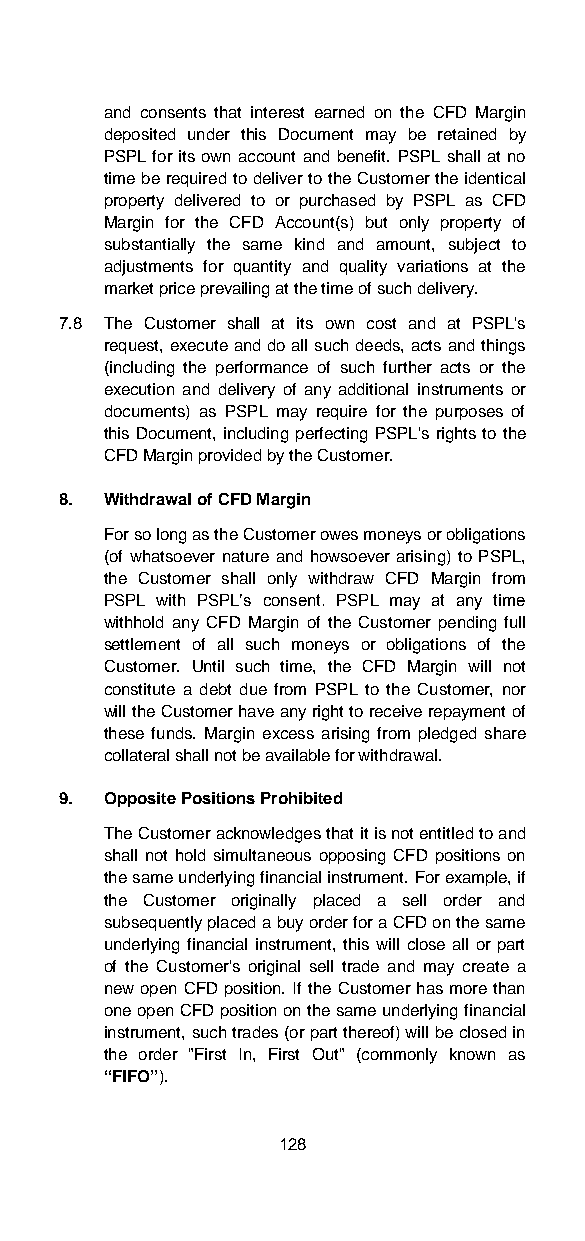
and consents that interest earned on the CFD Margin
 deposited under this Document may be retained by
 PSPL for its own account and benefit. PSPL shall at no
 time be required to deliver to the Customer the identical
 property delivered to or purchased by PSPL as CFD
 Margin for the CFD Account(s) but only property of
 substantially the same kind and amount, subject to
 adjustments for quantity and quality variations at the
 market price prevailing at the time of such delivery.
 7.8 The Customer shall at its own cost and at PSPL's
 request, execute and do all such deeds, acts and things
 (including the performance of such further acts or the
 execution and delivery of any additional instruments or
 documents) as PSPL may require for the purposes of
 this Document, including perfecting PSPL's rights to the
 CFD Margin provided by the Customer.
 8. Withdrawal of CFD Margin
 For so long as the Customer owes moneys or obligations
 (of whatsoever nature and howsoever arising) to PSPL,
 the Customer shall only withdraw CFD Margin from
 PSPL with PSPL’s consent. PSPL may at any time
 withhold any CFD Margin of the Customer pending full
 settlement of all such moneys or obligations of the
 Customer. Until such time, the CFD Margin will not
 constitute a debt due from PSPL to the Customer, nor
 will the Customer have any right to receive repayment of
 these funds. Margin excess arising from pledged share
 collateral shall not be available for withdrawal.
 9. Opposite Positions Prohibited
 The Customer acknowledges that it is not entitled to and
 shall not hold simultaneous opposing CFD positions on
 the same underlying financial instrument. For example, if
 the Customer originally placed a sell order and
 subsequently placed a buy order for a CFD on the same
 underlying financial instrument, this will close all or part
 of the Customer's original sell trade and may create a
 new open CFD position. If the Customer has more than
 one open CFD position on the same underlying financial
 instrument, such trades (or part thereof) will be closed in
 the order "First In, First Out" (commonly known as
 “FIFO”).
 128